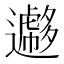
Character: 𨘮